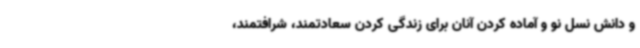
و دانش نسل نو و آماده کردن آنان برای زندگی کردن سعادتمند، شرافتمند،